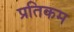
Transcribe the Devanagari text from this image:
प्रतिकम